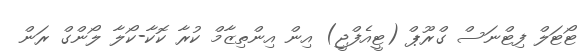
ޓޯޓަލް ފިޓްނަސް ގްރޫޕް (ޓީއެފްޖީ) އިން އިންތިޒާމް ކުރާ ކޮކާ-ކޯލާ ލޯންގް ރަން